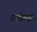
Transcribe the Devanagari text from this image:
अंकशः